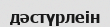
дәстүрлеін